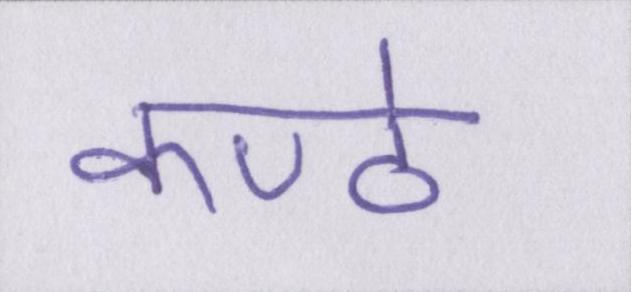
कण्ठे